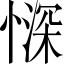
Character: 𱟃